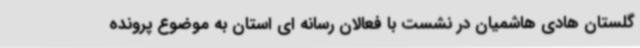
گلستان هادی هاشمیان در نشست با فعالان رسانه ای استان به موضوع پرونده